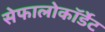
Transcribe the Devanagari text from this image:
सेफालोकॉर्डेट